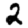
Digit: 2